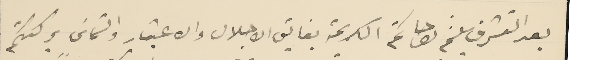
بعد التشرف بلثم راحاتكم الكريمة بفايق الاجلال والاعتبار والتماسَ بركتكم